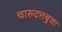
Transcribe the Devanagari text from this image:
चारुदत्तबुवा